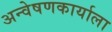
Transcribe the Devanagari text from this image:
अन्वेषणकार्याला